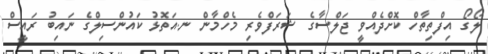
ލޯގޯ އިފްތިތާހް ކޮށްދެއްވީ ޖަލްސާގެ ޝަރަފްވެރި މެހްމާން ނ.އަތޮޅު ކައުންސިލްގެ ނައިބު ރައީސް